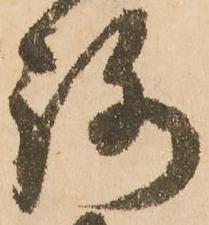
路